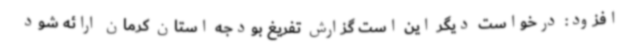
افزود: درخواست دیگر این است گزارش تفریغ بودجه استان کرمان ارائه شود